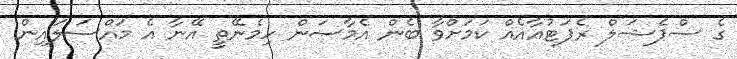
ގެ ސްޕެޝަލް ރެޕަޓުއާއެއް ކަމަށްވާ ބެން އެމާސަން ހިމެނޭތީ އޭނާ އެ މައްސަލައިން